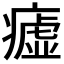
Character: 𤺞